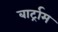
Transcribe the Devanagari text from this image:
बार्ट्राम